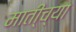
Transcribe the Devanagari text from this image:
माती्च्या